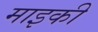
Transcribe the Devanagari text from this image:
माइकी